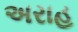
અરાહ